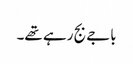
باجے بج رہے تھے۔